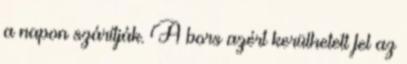
a napon szárítják. A bors azért kerülhetett fel az